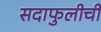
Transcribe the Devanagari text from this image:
सदाफुलीची